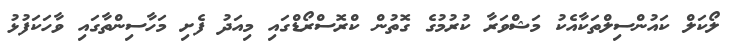
ލޯކަލް ކައުންސިލްތަކާއެކު މަޝްވަރާ ކުރުމުގެ ގޮތުން ކްރޮސްރޯޑްގައި މިއަދު ފެށި މަހާސިންތާގައި ވާހަކަފުޅު